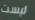
ليست